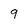
Character: 9